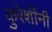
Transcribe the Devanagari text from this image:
कुरेशींनी